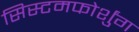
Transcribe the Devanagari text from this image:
सिस्टमफोर्शुंग